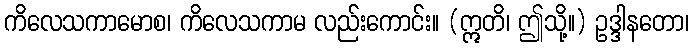
ကိလေသကာမောစ၊ ကိလေသကာမ လည်းကောင်း။ (ဣတိ၊ ဤသို့။) ဥဒ္ဒါနတော၊